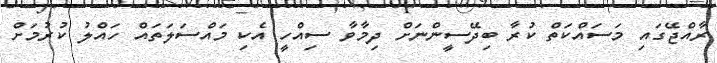
ރާއްޖޭގައި މަސައްކަތް ކުރާ ބިދޭސީންނަށް ދިމާވާ ސިއްހީ އެކި މައްސަލަތައް ހައްލު ކުރުމަށް